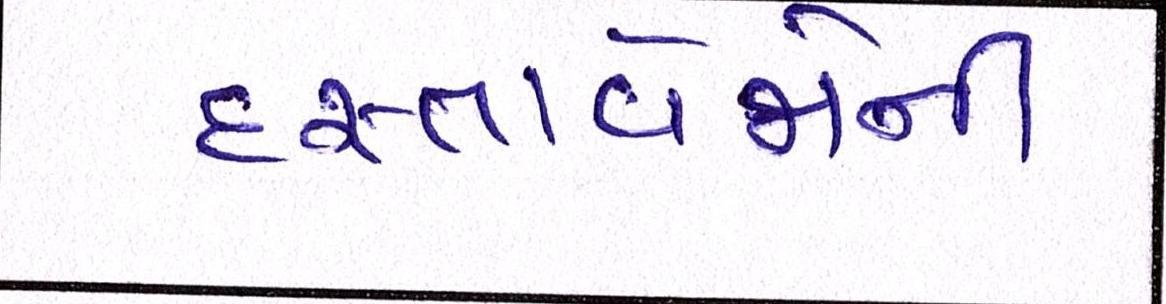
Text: દસ્તાવેજોની